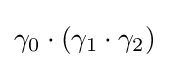
\gamma _{0}\cdot (\gamma _{1}\cdot \gamma _{2})